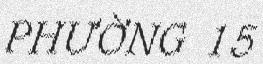
PHƯỜNG 15